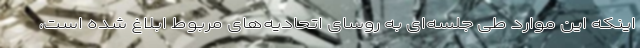
اینکه این موارد طی جلسه‌ای به روسای اتحادیه‌های مربوط ابلاغ شده است،